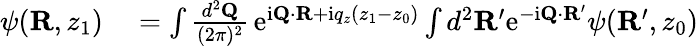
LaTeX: \begin{array}{rl}{\psi({\mathbf R},z_{1})}&{{}=\int\frac{d^{2}{\mathbf Q}}{(2\pi)^{2}}\, \mathrm{e}^{\mathrm{i}{\mathbf Q}\cdot{\mathbf R}+\mathrm{i}q_{z}(z_{1}-z_{0})}\int d^{2}{\mathbf R}^{\prime}\mathrm{e}^{-\mathrm{i}{\mathbf Q}\cdot{\mathbf R}^{\prime}}\psi({\mathbf R}^{\prime},z_{0})}\end{array}